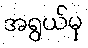
အရွယ်မှ